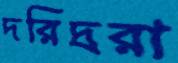
দরিদ্ররা